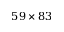
5 9 \times 8 3